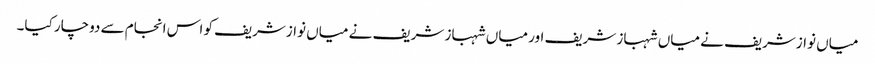
میاں نوازشریف نے میاں شہباز شریف اور میاں شہباز شریف نے میاں نوازشریف کو اس انجام سے دوچار کیا۔